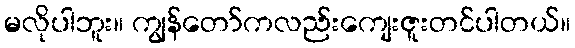
မလိုပါဘူး။ ကျွန်တော်ကလည်းကျေးဇူးတင်ပါတယ်။